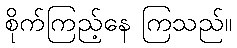
စိုက်ကြည့်နေ ကြသည်။